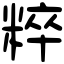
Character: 粹